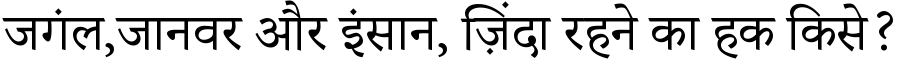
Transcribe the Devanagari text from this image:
जगंल,जानवर और इंसान, ज़िंदा रहने का हक किसे?